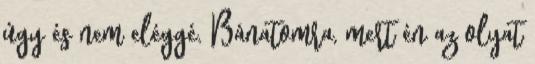
úgy és nem eléggé. Bánatomra, mert én az olyat